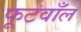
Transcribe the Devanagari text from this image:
फूटवाँल